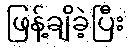
ဖြန့်ချိခဲ့ပြီး